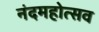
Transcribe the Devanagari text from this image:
नंदमहोत्सव